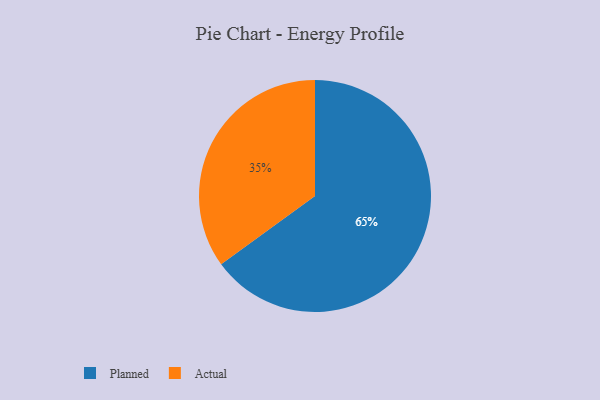
{"axis": {"x": "Category", "y": "Percentage"}, "legend": ["Actual", "Planned"], "data": [{"x": "Planned", "y": 65, "type": "Planned"}, {"x": "Actual", "y": 35, "type": "Actual"}]}